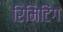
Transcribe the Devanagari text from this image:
रिमिटिंग